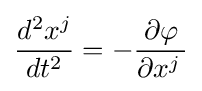
{d^{2}x^{j} \over dt^{2}}=-{\partial \varphi  \over \partial x^{j}\,}